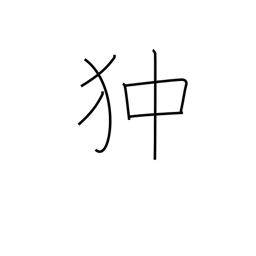
Meaning: Pekinese dog